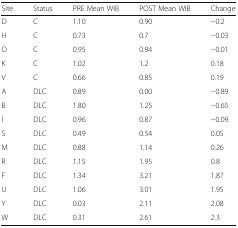
| Site | Status | PRE Mean WIB | POST Mean WIB | Change |
 | --- | --- | --- | --- | --- |
 | D | C | 1.10 | 0.90 | −0.2 |
 | H | C | 0.73 | 0.7 | −0.03 |
 | O | C | 0.95 | 0.94 | −0.01 |
 | K | C | 1.02 | 1.2 | 0.18 |
 | V | C | 0.66 | 0.85 | 0.19 |
 | A | DLC | 0.89 | 0.00 | −0.89 |
 | B | DLC | 1.80 | 1.25 | −0.65 |
 | I | DLC | 0.96 | 0.87 | −0.09 |
 | S | DLC | 0.49 | 0.54 | 0.05 |
 | M | DLC | 0.88 | 1.14 | 0.26 |
 | R | DLC | 1.15 | 1.95 | 0.8 |
 | F | DLC | 1.34 | 3.21 | 1.87 |
 | U | DLC | 1.06 | 3.01 | 1.95 |
 | Y | DLC | 0.03 | 2.11 | 2.08 |
 | W | DLC | 0.31 | 2.61 | 2.3 |